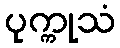
ပုက္ကုသံ